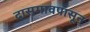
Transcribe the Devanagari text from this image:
दासगावपासून